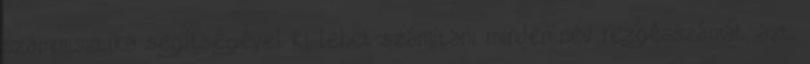
számmisztika segítségével ki lehet számítani minden név rezgésszámát, azt,